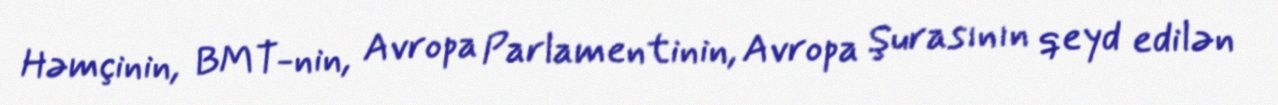
Həmçinin, BMT-nin, Avropa Parlamentinin, Avropa Şurasının qeyd edilən